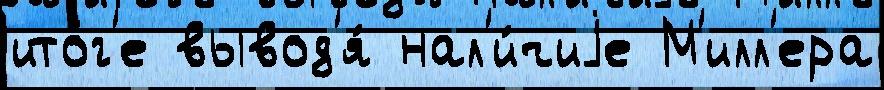
ито́г'е вывод'я́ нал'и́чиjе М'илл'ера